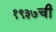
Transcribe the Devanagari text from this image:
१९३७ची